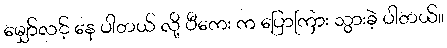
မျှော်လင့် နေ ပါတယ် လို့ ပီကေး က ပြောကြား သွားခဲ့ ပါတယ်။